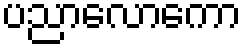
ပညာလောကော